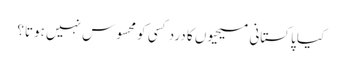
کیا پاکستانی مسیحیوں کا درد کسی کو محسوس نہیں ہوتا؟